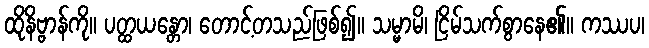
ထိုနိဗ္ဗာန်ကို။ ပတ္ထယန္တော၊ တောင့်တသည်ဖြစ်၍။ သမ္မာမိ၊ ငြိမ်သက်စွာနေ၏။ ကဿပ၊